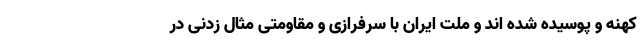
کهنه و پوسیده شده اند و ملت ایران با سرفرازی و مقاومتی مثال زدنی در